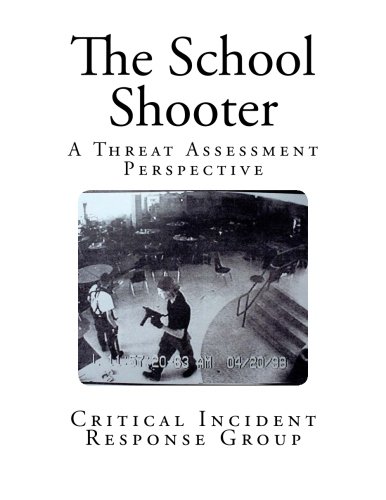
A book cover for The School Shooter: A Threat Assessment Perspective (FBI Academy); Mary Ellen O'Toole PhD; Biographies & Memoirs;